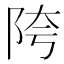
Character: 陓